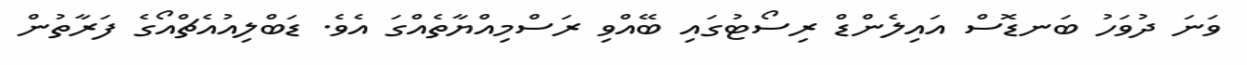
ވަނަ ދުވަހު ބަނޑޮސް އައިލެންޑް ރިސޯޓުގައި ބޭއްވި ރަސްމިއްޔާތެއްގަ އެވެ. ޑަބްލިއުއެޗްއޯގެ ފަރާތުން